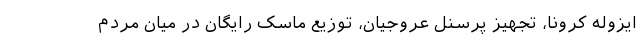
ایزوله کرونا، تجهیز پرسنل عروجیان، توزیع ماسک رایگان در میان مردم